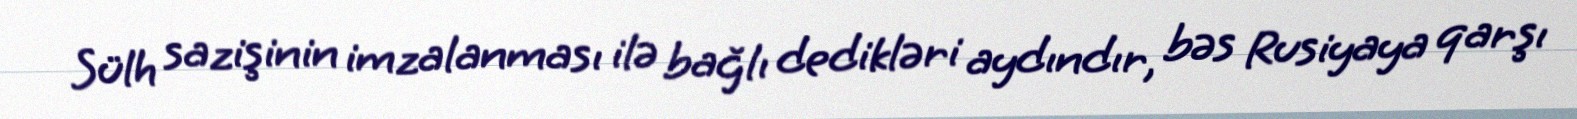
Sülh sazişinin imzalanması ilə bağlı dedikləri aydındır, bəs Rusiyaya qarşı